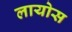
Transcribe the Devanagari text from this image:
लायोस